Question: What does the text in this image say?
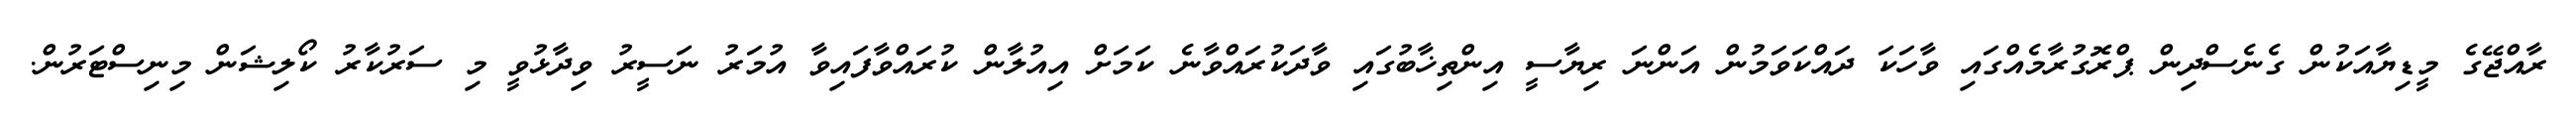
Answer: ރާއްޖޭގެ މީޑިޔާއަކުން ގެނެސްދިން ޕްރޮގުރާމެއްގައި ވާހަކަ ދައްކަވަމުން އަންނަ ރިޔާސީ އިންތިޚާބުގައި ވާދަކުރައްވާނެ ކަމަށް އިއުލާން ކުރައްވާފައިވާ އުމަރު ނަސީރު ވިދާޅުވީ މި ސަރުކާރު ކޯލިޝަން މިނިސްޓަރުން.